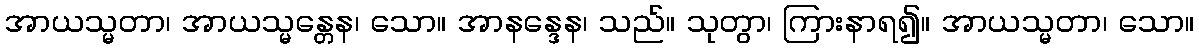
အာယသ္မတာ၊ အာယသ္မန္တေန၊ သော။ အာနန္ဒေန၊ သည်။ သုတွာ၊ ကြားနာရ၍။ အာယသ္မတာ၊ သော။